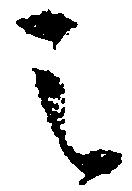
之